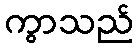
ကွာသည်